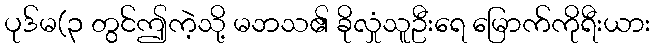
ပုဒ်မ(၃ တွင်ဤကဲ့သို့ မဘသ၏ ခိုလှုံသူဦးရေ မြောက်ကိုရီးယား